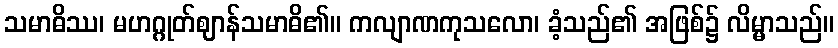
သမာဓိဿ၊ မဟဂ္ဂုတ်ဈာန်သမာဓိ၏။ ကလျာဏကုသလော၊ ခံ့သည်၏ အဖြစ်၌ လိမ္မာသည်။